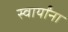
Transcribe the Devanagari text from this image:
स्वार्यांना